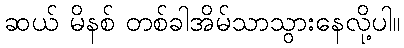
ဆယ် မိနစ် တစ်ခါအိမ်သာသွားနေလို့ပါ။